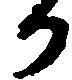
か